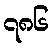
၇၈၆